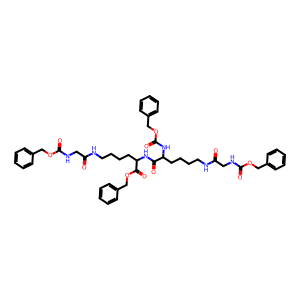
SMILES: O=C(CNC(=O)OCc1ccccc1)NCCCCC(NC(=O)OCc1ccccc1)C(=O)NC(CCCCNC(=O)CNC(=O)OCc1ccccc1)C(=O)OCc1ccccc1
Inhibits HIV replication: No